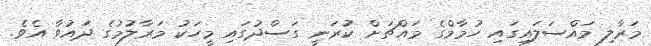
މަރާލި މައްސަލައިގައި ހުމާމްގެ މައްޗަށް ކުރަނީ ގަސްދުގައި މީހަކު މަރާލުމުގެ ދައުވާ އެވެ.